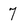
Character: 7